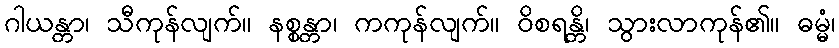
ဂါယန္တာ၊ သီကုန်လျက်။ နစ္စန္တာ၊ ကကုန်လျက်။ ဝိစရန္တိ၊ သွားလာကုန်၏။ ဓမ္မံ၊